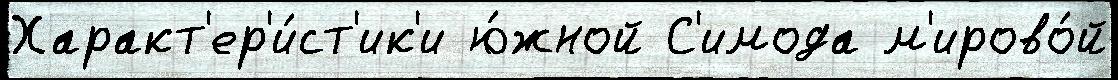
Характ'ер'и́ст'ик'и ю́жной С'имода м'ирово́й